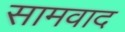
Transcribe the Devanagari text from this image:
सामवाद